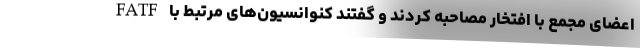
اعضای مجمع با افتخار مصاحبه کردند و گفتند کنوانسیون‌های مرتبط با FATF